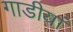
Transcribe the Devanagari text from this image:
गाडीयां